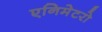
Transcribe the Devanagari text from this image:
एनिमेटरो